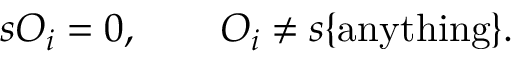
s { \cal O } _ { i } = 0 , \quad \quad { \cal O } _ { i } \ne s \{ \mathrm { a n y t h i n g } \} .